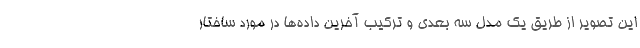
این تصویر از طریق یک مدل سه بعدی و ترکیب آخرین داده‌ها در مورد ساختار